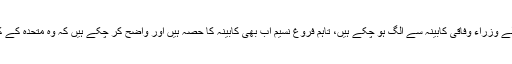
ایم کیو ایم سے تعلق رکھنے والے وزراء وفاقی کابینہ سے الگ ہو چکے ہیں، تاہم فروغ نسیم اب بھی کابینہ کا حصہ ہیں اور واضح کر چکے ہیں کہ وہ متحدہ کے کوٹے پر وفاقی وزیر نہیں بنے۔